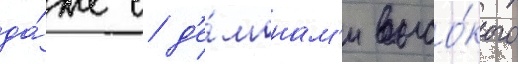
да́же с д'е́монам'и высо́кого